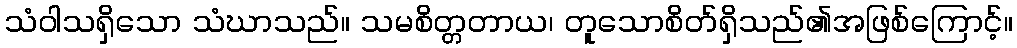
သံဝါသရှိသော သံဃာသည်။ သမစိတ္တတာယ၊ တူသောစိတ်ရှိသည်၏အဖြစ်ကြောင့်။